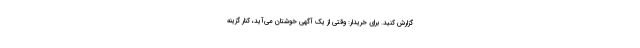
گزارش کنید. برای خریدار: وقتی از یک آگهی خوشتان می‌آید، کنار گزینه